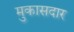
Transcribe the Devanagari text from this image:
मुकासदार